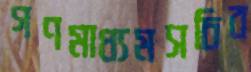
গণমাধ্যমসচিব